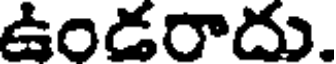
ఉండరాదు.